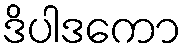
ဒိပါဒကော